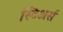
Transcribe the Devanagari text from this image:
स्टिअर्स